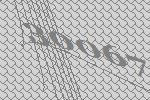
30067